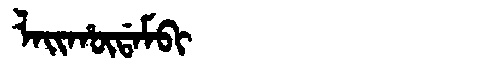
Manchu: ᠯᠠᡳᡥᡡᡩᠠᠮᠪᡳ
Romanization: LAIHŪDAMBI